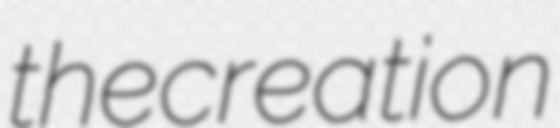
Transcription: the creation